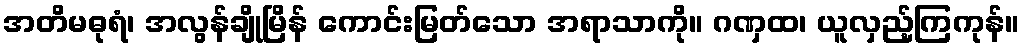
အတိမဓုရံ၊ အလွန်ချိုမြိန် ကောင်းမြတ်သော အရာသာကို။ ဂဏှထ၊ ယူလှည့်ကြကုန်။